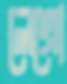
লেগ্রো